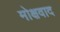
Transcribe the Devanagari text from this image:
मोक्षवाद